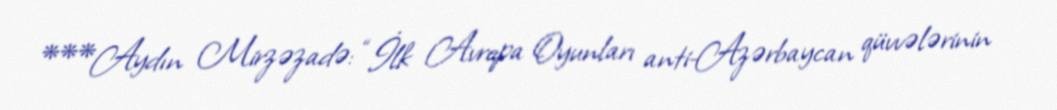
***Aydın Mirzəzadə: “İlk Avropa Oyunları anti-Azərbaycan qüvvələrinin